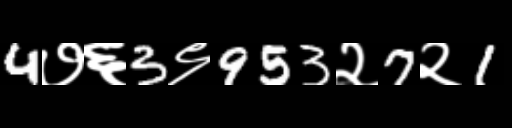
Text: 4७६3९953२7२1